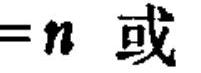
$=n\ 或$